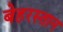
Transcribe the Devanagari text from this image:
बेहरस्तान